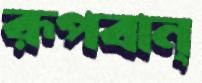
রূপবান্‌